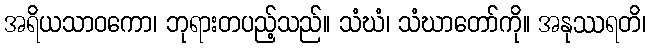
အရိယသာဝကော၊ ဘုရားတပည့်သည်။ သံဃံ၊ သံဃာတော်ကို။ အနုဿရတိ၊